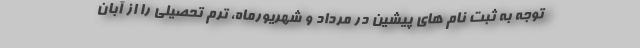
توجه به ثبت نام های پیشین در مرداد و شهریورماه، ترم تحصیلی را از آبان